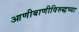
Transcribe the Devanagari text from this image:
आणीबाणीविरुद्धच्या